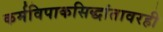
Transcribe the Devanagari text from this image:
कर्मविपाकसिद्धांतावरही